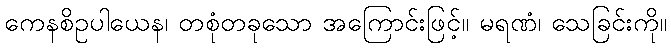
ကေနစိဥပါယေန၊ တစုံတခုသော အကြောင်းဖြင့်။ မရဏံ၊ သေခြင်းကို။